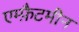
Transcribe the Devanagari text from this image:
एम्फ़ैटमीन